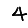
Digit: 4